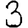
Digit: 3